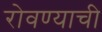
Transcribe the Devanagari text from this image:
रोवण्याची